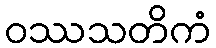
ဝဿသတိကံ